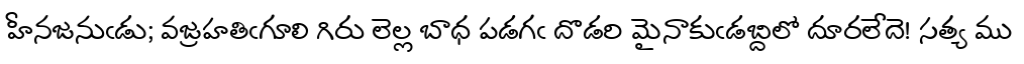
హీనజనుఁడు; వజ్రహతిఁగూలి గిరు లెల్ల బాధ పడగఁ దొడరి మైనాకుఁడబ్దిలో దూరలేదె! సత్య ము